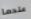
عندما